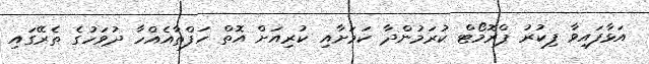
އަޅާފައިވާ ފިކުރު ޕްރޮމޯޓް ކުރަމުންދާ ކަމަށާއި ކުރިއަށް އޮތް ހަފްތާއެއްހާ ދުވަހުގެ ތެރޭގައި